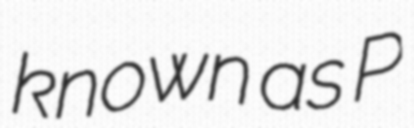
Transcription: known as P